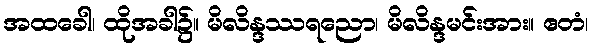
အထခေါ၊ ထိုအခါ၌။ မိလိန္ဒဿရညော၊ မိလိန္ဒမင်းအား။ ဧတံ၊